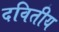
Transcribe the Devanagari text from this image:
दवितीय